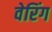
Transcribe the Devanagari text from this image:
वेरिंग